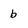
Character: b